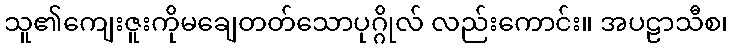
သူ၏ကျေးဇူးကိုမချေတတ်သောပုဂ္ဂိုလ် လည်းကောင်း။ အပဠာသီစ၊